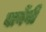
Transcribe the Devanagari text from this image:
बार्नेबी